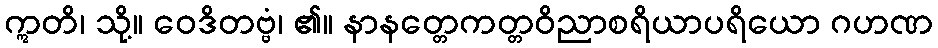
ဣတိ၊ သို့။ ဝေဒိတဗ္ဗံ၊ ၏။ နာနတ္တေကတ္တဝိညာစရိယာပရိယော ဂဟဏ